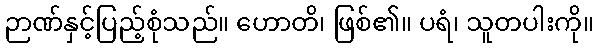
ဉာဏ်နှင့်ပြည့်စုံသည်။ ဟောတိ၊ ဖြစ်၏။ ပရံ၊ သူတပါးကို။